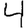
Digit: 4